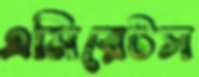
এমিরেটস